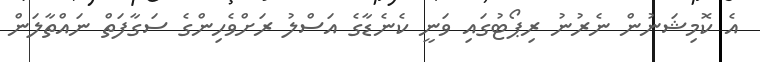
އެ ކޮމިޝަނުން ނެރުނު ރިޕޯޓުގައި ވަނީ ކެނެޑާގެ އަސްލު ރަށްވެހިންގެ ސަގާފަތް ނައްތާލަން